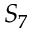
S _ { 7 }